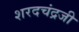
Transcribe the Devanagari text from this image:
शरदचंद्रजी